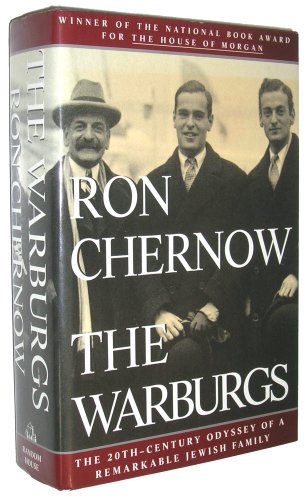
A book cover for The Warburgs: The Twentieth-Century Odyssey of a Remarkable Jewish Family; Ron Chernow; Biographies & Memoirs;